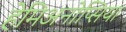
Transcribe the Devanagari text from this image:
हेमिअनोप्सिया